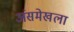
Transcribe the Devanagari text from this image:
अंसमेखला